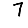
Digit: 7